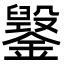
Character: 䥣